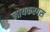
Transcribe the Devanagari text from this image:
लायकरगस